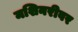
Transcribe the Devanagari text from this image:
मशिनरीवर